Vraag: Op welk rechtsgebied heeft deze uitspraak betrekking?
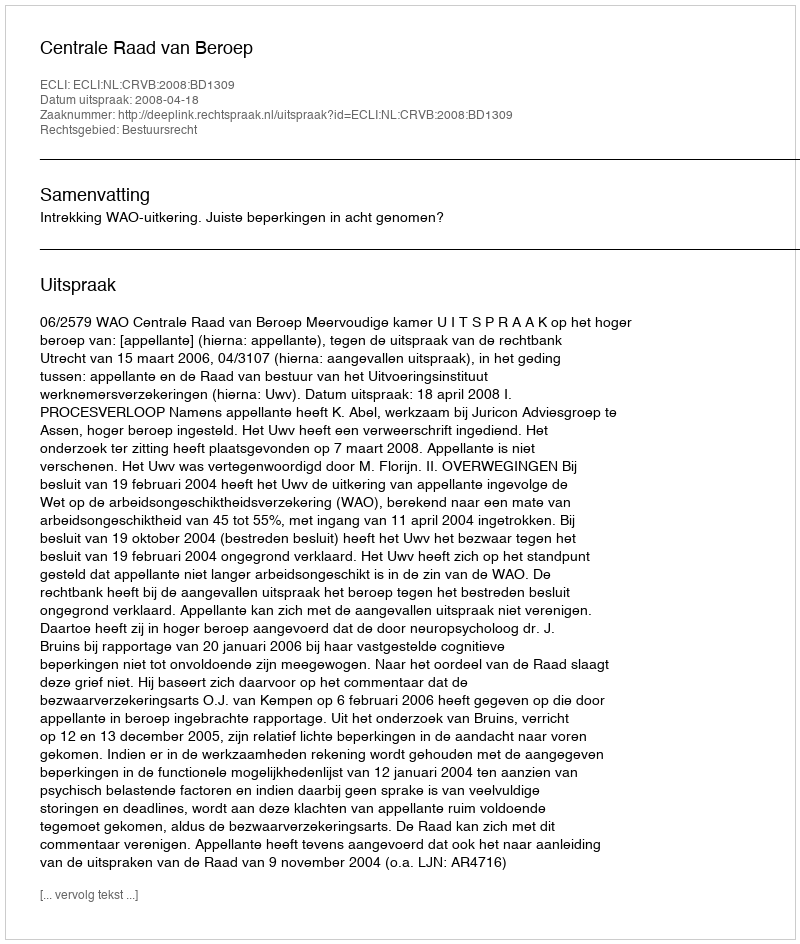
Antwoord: Bestuursrecht